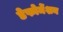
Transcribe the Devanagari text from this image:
डेफोर्मेशन